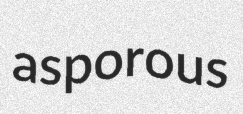
asporous